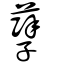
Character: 孽